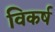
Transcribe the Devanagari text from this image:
विकर्ष